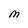
Character: M